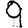
Digit: 9